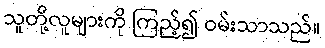
သူတို့လူများကို ကြည့်၍ ဝမ်းသာသည်။